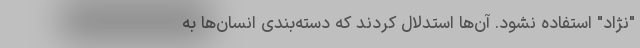
"نژاد" استفاده نشود. آن‌ها استدلال کردند که دسته‌بندی انسان‌ها به